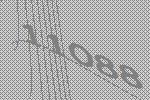
11088